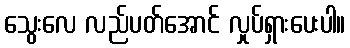
သွေးလေ လည်ပတ်အောင် လှုပ်ရှားပေးပါ။